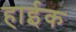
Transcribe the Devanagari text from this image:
हाईक